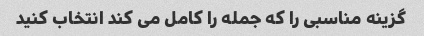
گزینه مناسبی را که جمله را کامل می کند انتخاب کنید